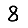
Digit: 8